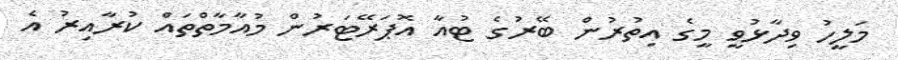
މަލީހު ވިދާޅުވީ މީގެ އިތުރުން ބޭރުގެ ޓުއާ އޮޕަރޭޓަރުން މުއާމާތްތައް ކުރާއިރު އެ